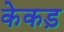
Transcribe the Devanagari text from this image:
केकड़